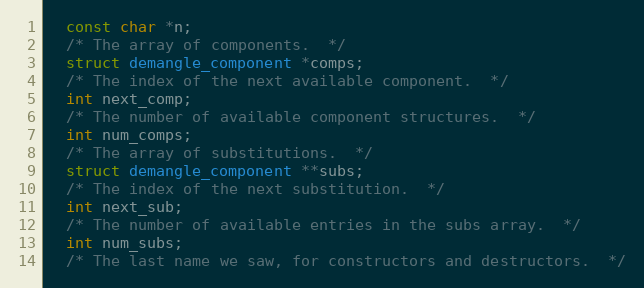
Language: C
  const char *n;
  /* The array of components.  */
  struct demangle_component *comps;
  /* The index of the next available component.  */
  int next_comp;
  /* The number of available component structures.  */
  int num_comps;
  /* The array of substitutions.  */
  struct demangle_component **subs;
  /* The index of the next substitution.  */
  int next_sub;
  /* The number of available entries in the subs array.  */
  int num_subs;
  /* The last name we saw, for constructors and destructors.  */